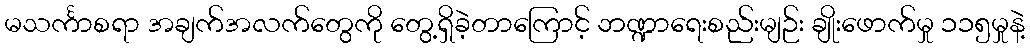
မသင်္ကာစရာ အချက်အလက်တွေကို တွေ့ရှိခဲ့တာကြောင့် ဘဏ္ဍာရေးစည်းမျဉ်း ချိုးဖောက်မှု ၁၁၅မှုနဲ့